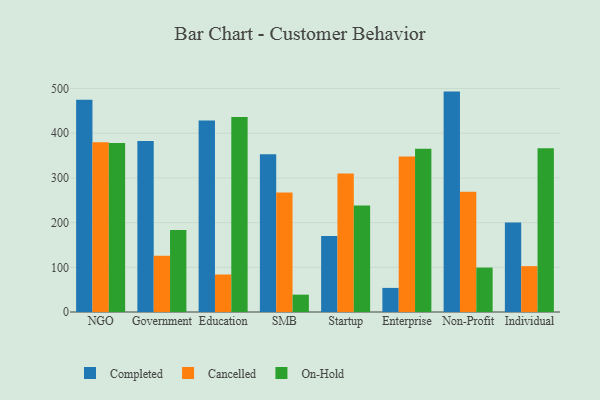
{"axis": {"x": "Segment", "y": "Humidity (%)"}, "legend": ["Cancelled", "Completed", "On-Hold"], "data": [{"x": "NGO", "y": 474.8, "type": "Completed"}, {"x": "NGO", "y": 379.9, "type": "Cancelled"}, {"x": "NGO", "y": 378.4, "type": "On-Hold"}, {"x": "Government", "y": 382.8, "type": "Completed"}, {"x": "Government", "y": 125.6, "type": "Cancelled"}, {"x": "Government", "y": 183.6, "type": "On-Hold"}, {"x": "Education", "y": 428.3, "type": "Completed"}, {"x": "Education", "y": 83.9, "type": "Cancelled"}, {"x": "Education", "y": 436.2, "type": "On-Hold"}, {"x": "SMB", "y": 353.1, "type": "Completed"}, {"x": "SMB", "y": 267.2, "type": "Cancelled"}, {"x": "SMB", "y": 38.8, "type": "On-Hold"}, {"x": "Startup", "y": 170.3, "type": "Completed"}, {"x": "Startup", "y": 310.2, "type": "Cancelled"}, {"x": "Startup", "y": 238.3, "type": "On-Hold"}, {"x": "Enterprise", "y": 53.9, "type": "Completed"}, {"x": "Enterprise", "y": 347.9, "type": "Cancelled"}, {"x": "Enterprise", "y": 365.2, "type": "On-Hold"}, {"x": "Non-Profit", "y": 493.2, "type": "Completed"}, {"x": "Non-Profit", "y": 268.9, "type": "Cancelled"}, {"x": "Non-Profit", "y": 99.4, "type": "On-Hold"}, {"x": "Individual", "y": 200.3, "type": "Completed"}, {"x": "Individual", "y": 102.6, "type": "Cancelled"}, {"x": "Individual", "y": 366.3, "type": "On-Hold"}]}